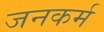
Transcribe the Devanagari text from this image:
जनकर्म